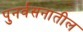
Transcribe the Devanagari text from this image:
पुनर्वसनातील